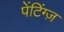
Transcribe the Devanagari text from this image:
पेंटिंग्ज़